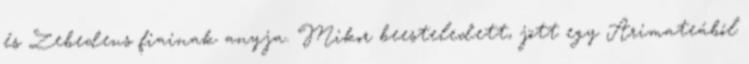
és Zebedeus fiainak anyja. Mikor beesteledett, jött egy Arimateából